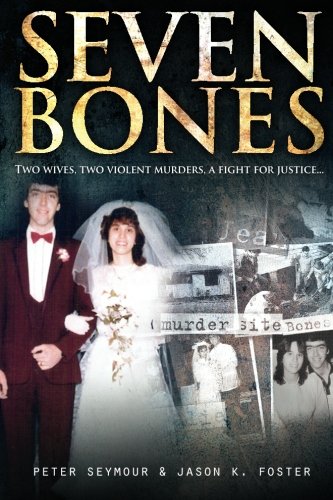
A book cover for Seven Bones: Two Wives, Two Violent Murders, a Fight for Justice; Peter Seymour; Biographies & Memoirs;